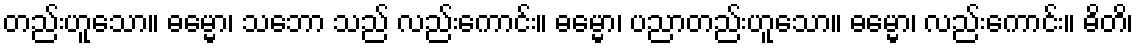
တည်းဟူသော။ ဓမ္မော၊ သဘော သည် လည်းကောင်း။ ဓမ္မော၊ ပညာတည်းဟူသော။ ဓမ္မော၊ လည်းကောင်း။ ဓိတိ၊